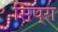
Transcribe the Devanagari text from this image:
सिप्रा